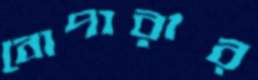
বোপারার